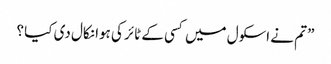
” تم نے اسکول میں کسی کے ٹائر کی ہوا نکال دی کیا ؟